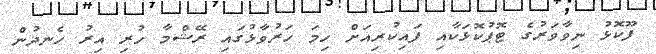
ފޫކޮޅު ނިވާވަރުގެ ޓޮޕުކޮޅަކާއި ފައިކުރިއަށް ހިމަ ހަރުވާޅުގައި ރޭޝްމާ ހުރި އިރު ހެނދުން